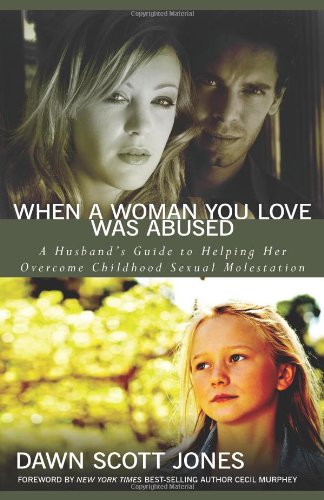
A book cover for When a Woman You Love Was Abused: A Husband's Guide to Helping Her Overcome Childhood Sexual Molestation; Dawn Scott Jones; Self-Help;